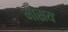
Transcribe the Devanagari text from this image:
मासय